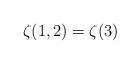
LaTeX: \begin{align*}\zeta(1,2)=\zeta(3)\end{align*}